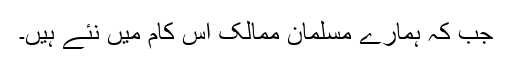
جب کہ ہمارے مسلمان ممالک اس کام میں نئے ہیں۔